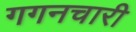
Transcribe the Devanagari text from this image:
गगनचारी